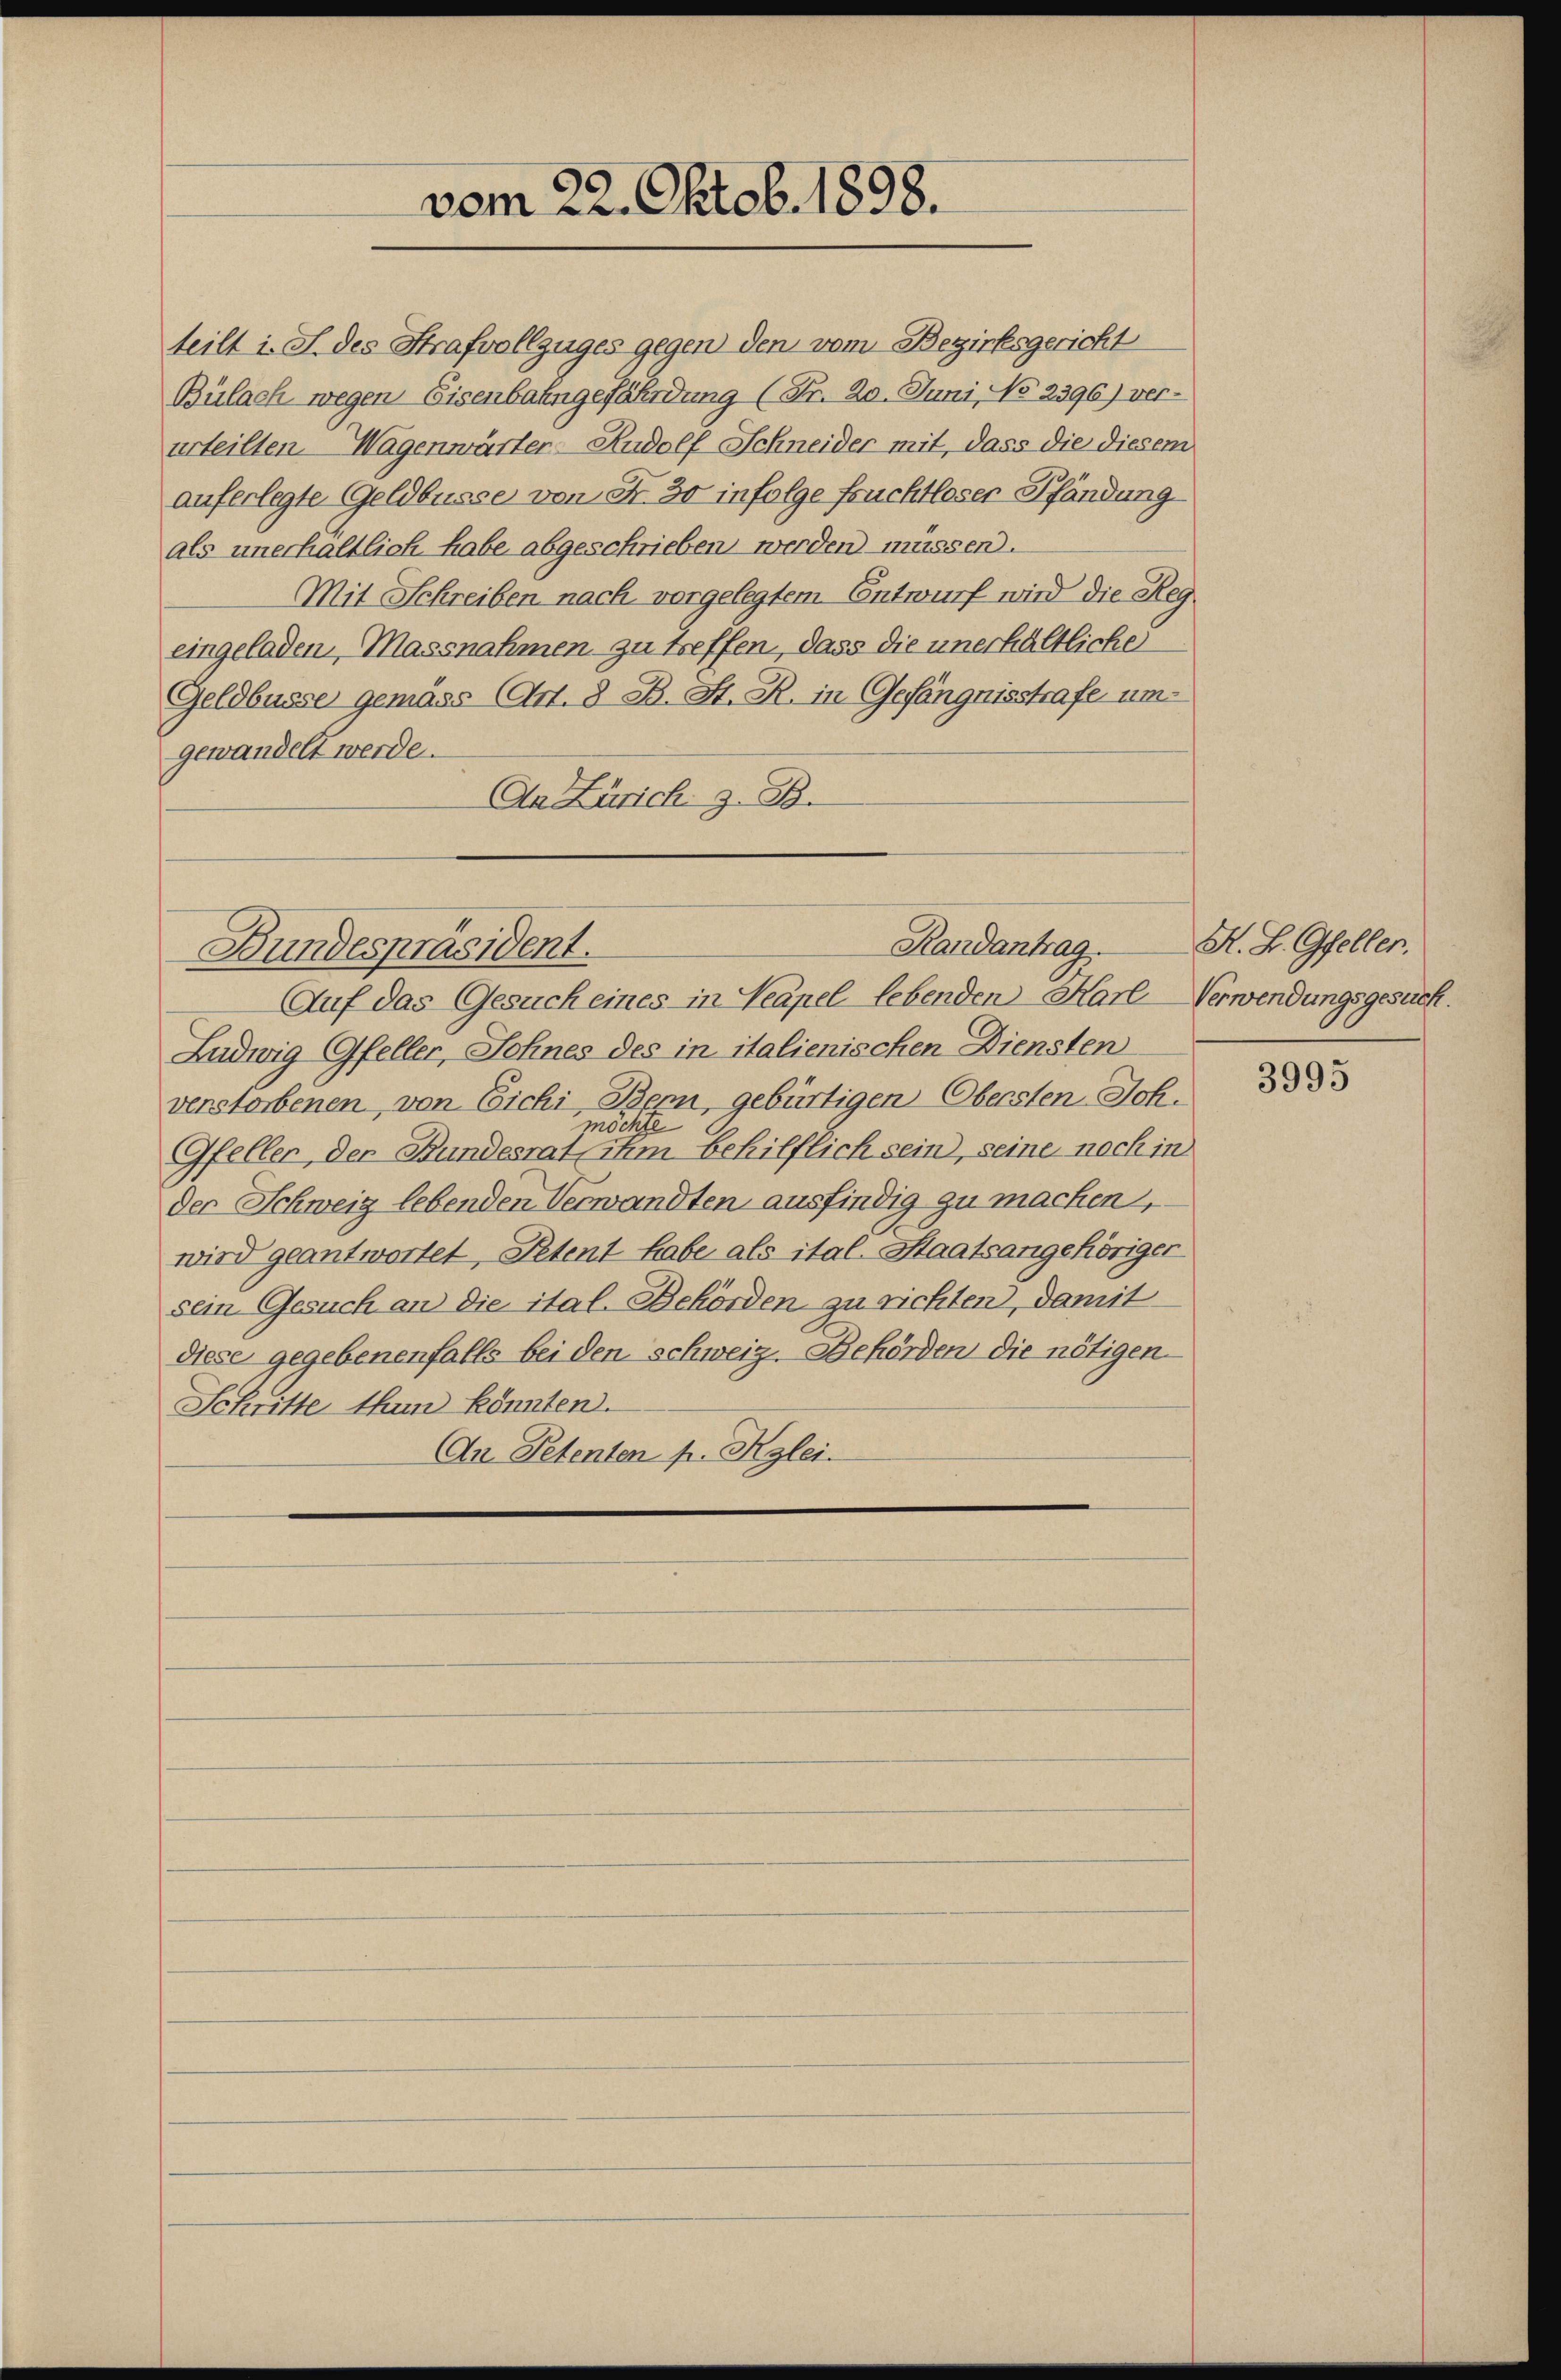
vom 22. Oktob. 1898.

teilt i. S. des Strafvollzuges gegen den vom Bezirksgericht
Bülach wegen Eisenbahngefährdung (Fr. 20. Juni, No 2396) ver-
urteilten. Wagenwärter - Rudolf Schneider mit, dass die diesem
auferlegte Geldbusse von Fr. 30 infolge fruchtloser Pfändung
als unerhaltlich habe abgeschrieben werden müssen.
Mit Schreiben nach vorgelegtem Entwurf wird die Reg
eingeladen, Massnahmen zu treffen, dass die unerhältliche
Geldbusse gemäss (Art. 8 B. St. R. in Gefängnisstrafe um
gewandelt werde.
An Zürich z. B.
Randantrag.
Bundespräsident.
Auf das Gesuch eines in Neapel lebenden Karl-Verwendungsgesuch.
Ludwig Gfeller, Sohnes des in italienischen Diensten
verstorbenen, von Eichi, Bern, gebürtigen Obersten Joh.
möchte
Gfeller der Bundesrat zum behilflich sein, seine nach in
der Schweiz lebenden Verwandten ausfindig zu machen,
wird geantwortet, Petent habe als ital. Staatsangehöriger
sein Gesuch an die ital. Behörden zu richten, damit
diese gegebenenfalls bei den Schweiz. Behörden die nötigen
Schritte thun könnten.
An Petenten pr. Kglei

K. L. Gfellen.

3995